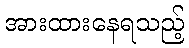
အားထားနေရသည့်